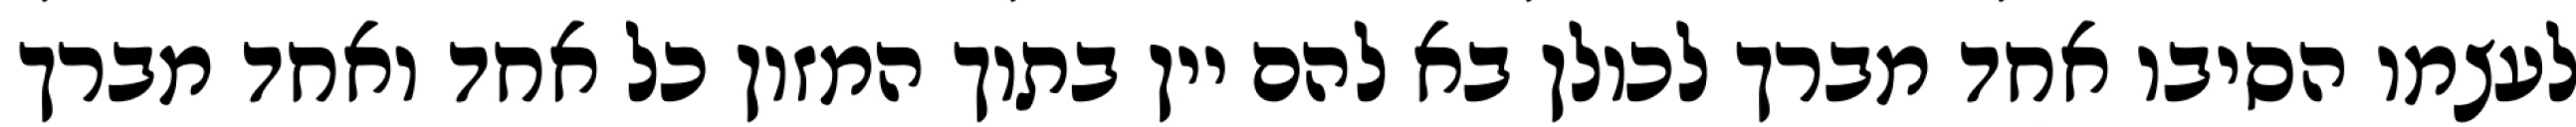
לעצמו הסיבו אחד מברך לכולן בא להם יין בתוך המזון כל אחד ואחד מברך